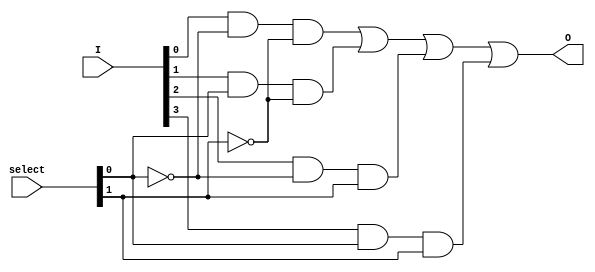
module mux4(select, I, O);  

  input[1:0] select;
  input[3:0] I;
  output O;

  wire O;
  wire[1:0] select;
  wire[3:0] I;
  
  wire[1:0] nselect;
  not (nselect[0], select[0]);
  not (nselect[1], select[1]);  
  
  wire[3:0] op;
  
  and (op[0], I[0], nselect[0], nselect[1]);
  and (op[1], I[1],  select[0], nselect[1]);
  and (op[2], I[2], nselect[0],  select[1]);
  and (op[3], I[3],  select[0],  select[1]);
  
  or (O, op[0], op[1], op[2], op[3]);
endmodule